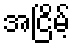
အငြိမ့်